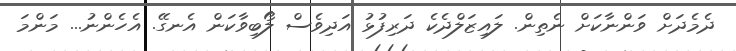
ދެމެދަށް ވަންނާކަށް ނެތިން. ލައިޒަލްދެކެ ދަރިފުޅު އަދިވެސް ލޯބިވާކަން އެނގޭ. އެހެންނު... މަންމަ